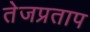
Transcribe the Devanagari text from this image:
तेजप्रताप